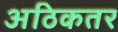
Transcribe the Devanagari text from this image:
अठिकतर